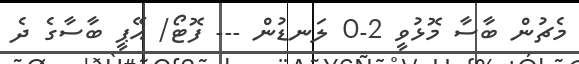
މެޗުން ބާސާ މޮޅުވީ 2-0 ލަނޑުން --- ފޮޓޯ/ އޭޕީ ބާސާގެ ދެ